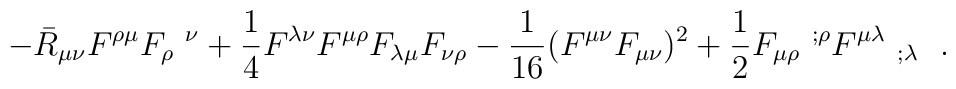
-\bar{R}_{\mu\nu}F^{\rho\mu}F_{\rho}~^\nu+\frac 14 F^{\lambda\nu}F^{\mu\rho}F_{\lambda\mu}F_{\nu\rho}-{1 \over 16} (F^{\mu\nu}F_{\mu\nu})^2+\frac 12 F_{\mu\rho}~^{;\rho}F^{\mu\lambda}~_{;\lambda}~~.